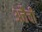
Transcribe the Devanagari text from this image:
अत्तैची